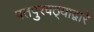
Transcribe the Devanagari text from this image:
पतपुरवठ्याद्वारे